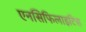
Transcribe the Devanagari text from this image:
एनसिफिलाइटिस